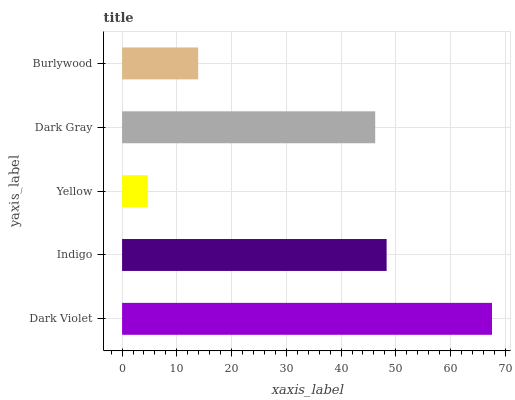
| yaxis_label | bars |
 | --- | --- |
 | Dark Violet | 67.6 |
 | Indigo | 48.3 |
 | Yellow | 4.7 |
 | Dark Gray | 46.2 |
 | Burlywood | 13.9 |